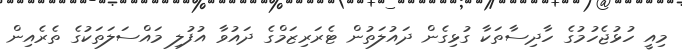
މިއީ ހުޅުޖެހުމުގެ ހާދިސާތަކާ ގުޅިގެން ދައުލަތުން ޓެރަރިޒަމްގެ ދައުވާ އުފުލި މައްސަލަތަކުގެ ތެރެއިން